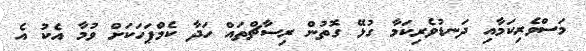
މަސްވެރިކަމާއި ދަނޑުވެރިކަމާ ގުޅޭ ގޮތުން ރިސާޗްތައް ހަދާ ކެމްޕަހަކަށް ވުމާ އެކު އެ